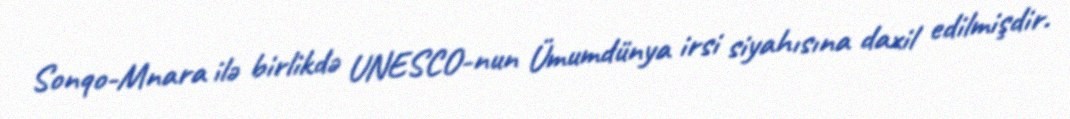
Sonqo-Mnara ilə birlikdə UNESCO-nun Ümumdünya irsi siyahısına daxil edilmişdir.